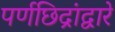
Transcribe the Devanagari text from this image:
पर्णछिद्रांद्वारे